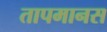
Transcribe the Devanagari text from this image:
तापमानस